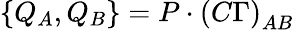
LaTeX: \left\{ Q_{A},Q_{B}\right\} =P\cdot\left(C\Gamma\right)_{AB}